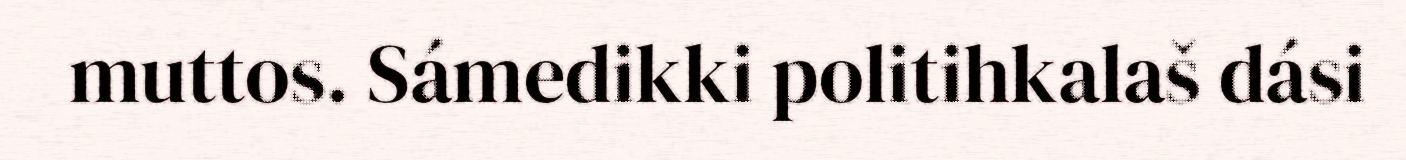
muttos. Sámedikki politihkalaš dási